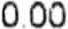
0.00